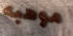
موهبه